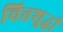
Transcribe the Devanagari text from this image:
चित्तशुद्धी